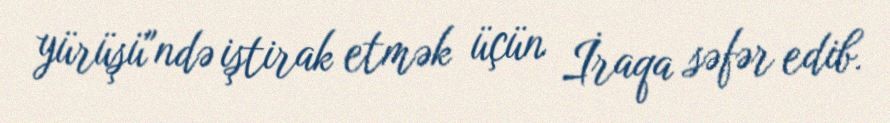
yürüşü"ndə iştirak etmək üçün İraqa səfər edib.